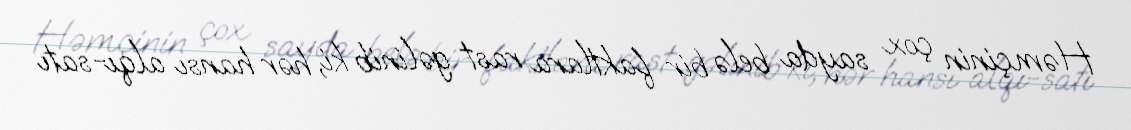
Həmçinin çox sayda belə bir faktlara rast gəlinib ki, hər hansı alqı-satı